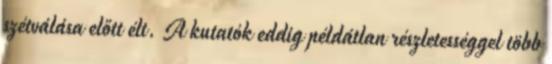
szétválása előtt élt. A kutatók eddig példátlan részletességgel több